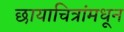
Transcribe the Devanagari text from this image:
छायाचित्रांमधून